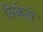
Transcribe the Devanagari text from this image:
निकेले